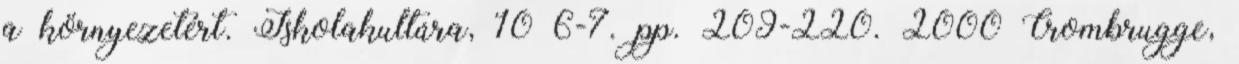
a környezetért. Iskolakultúra, 10 6-7. pp. 209-220. 2000 Crombrugge,